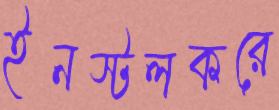
ইনস্টলকরে